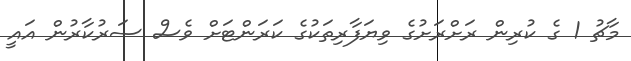
މާޗު 1 ގެ ކުރިން ރަށްރަށުގެ ވިޔަފާރިތަކުގެ ކަރަންޓަށް ވެސް ސަރުކާރުން އައީ